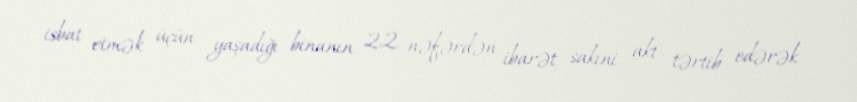
isbat etmək üçün yaşadığı binanın 22 nəfərdən ibarət sakini akt tərtib edərək